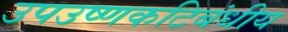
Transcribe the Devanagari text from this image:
उपउष्णकटिबंधीय